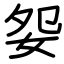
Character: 妴